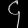
Digit: ၄